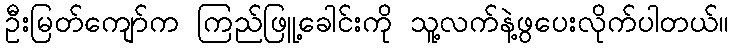
ဦးမြတ်ကျော်က ကြည်ဖြူ့ခေါင်းကို သူ့လက်နဲ့ဖွပေးလိုက်ပါတယ်။